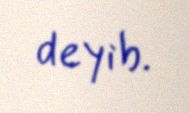
deyib.